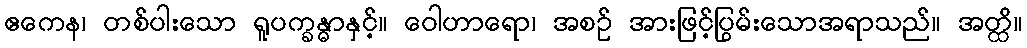
ဧကေန၊ တစ်ပါးသော ရူပက္ခန္ဓာနှင့်။ ဝေါဟာရော၊ အစဉ် အားဖြင့်ပြွမ်းသောအရာသည်။ အတ္ထိ။